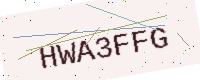
Text: HWA3FFG